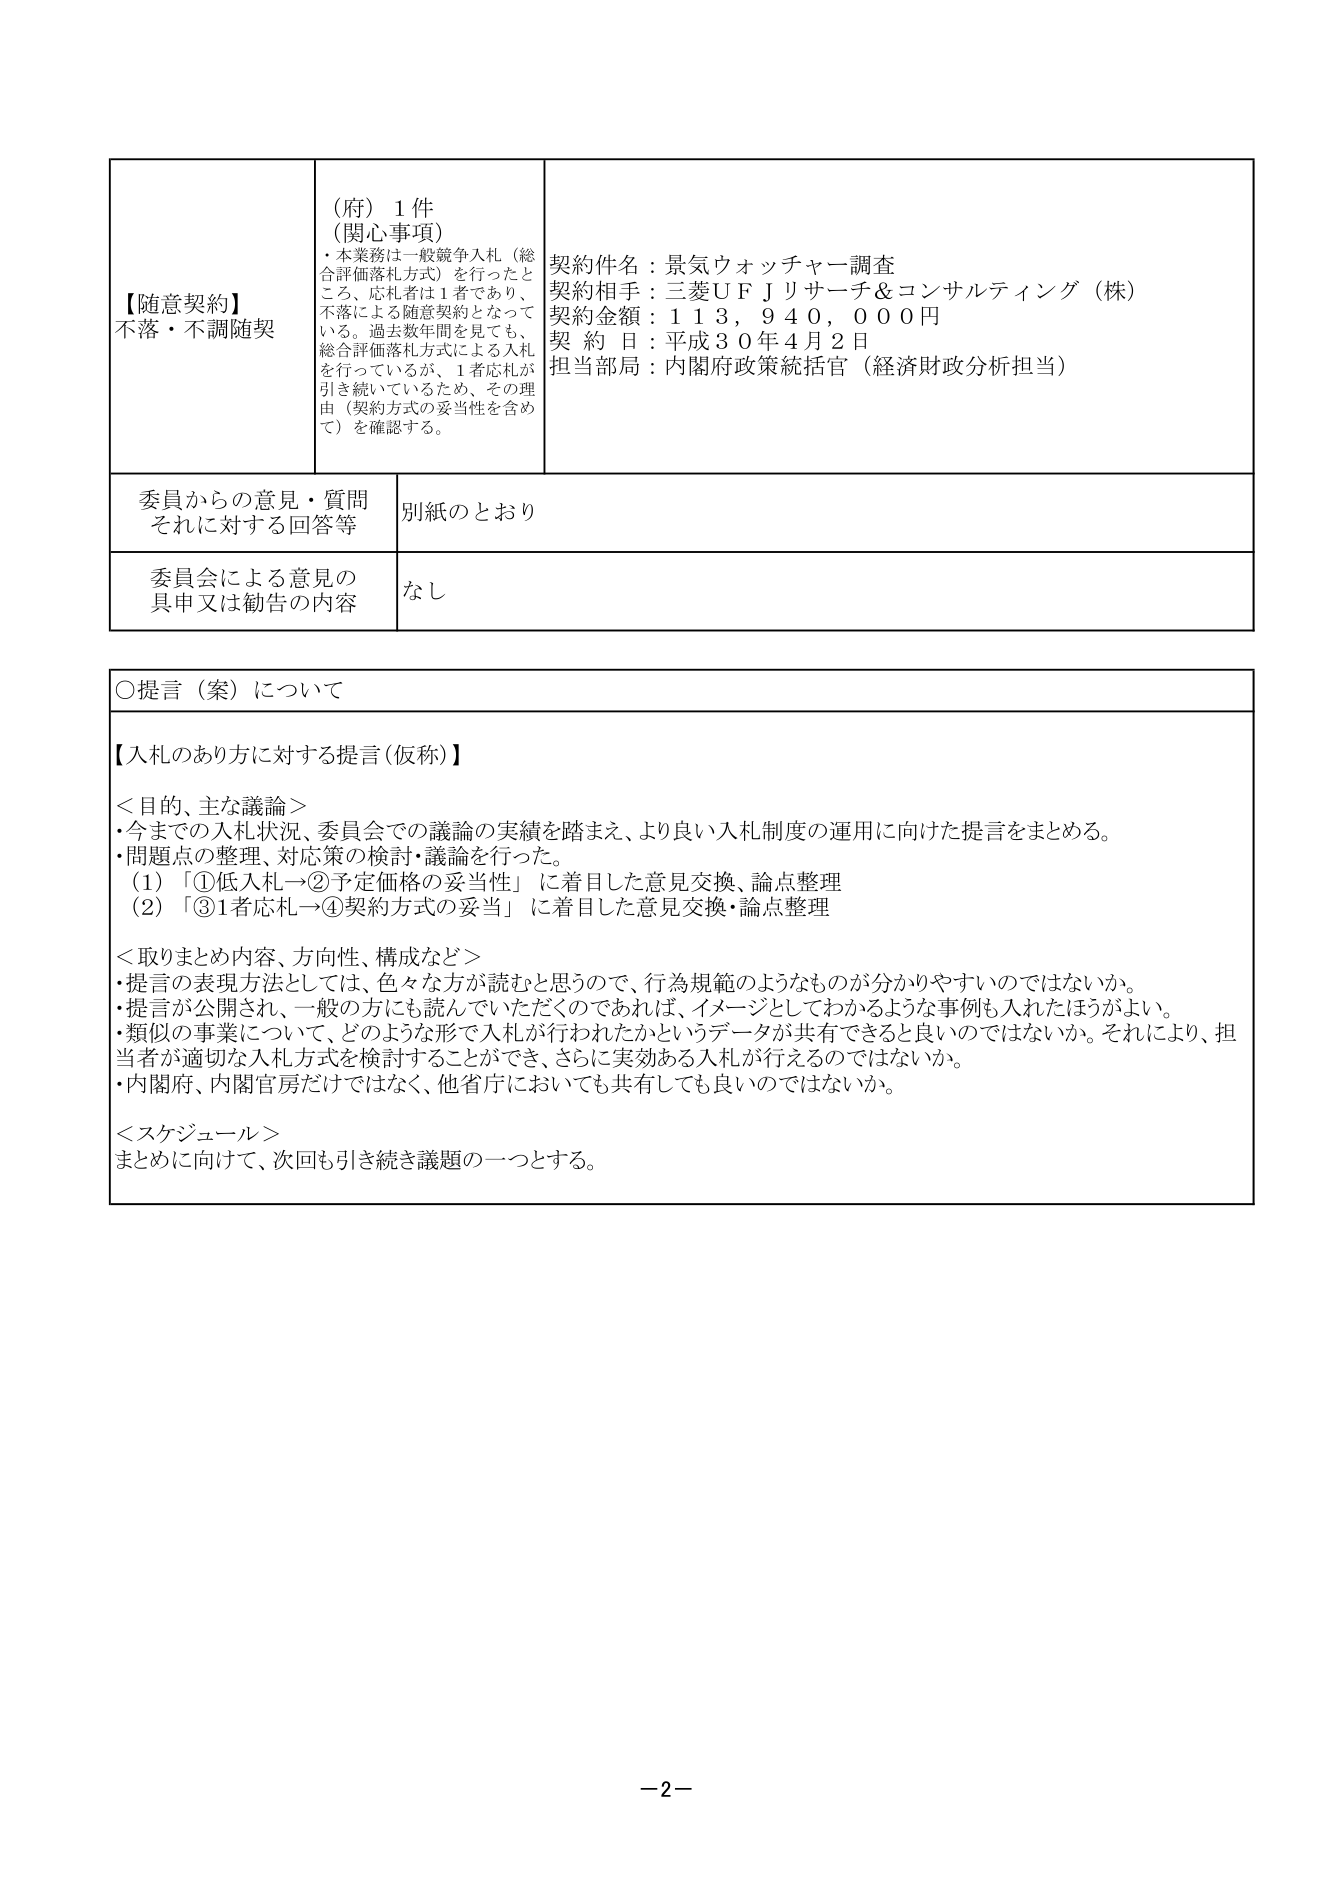
【随意契約】
不落・不調随契

（府）１件
（関心事項）
・本業務は一般競争入札（総合評価落札方式）を行ったところ、応札者は１者であり、不落による随意契約となって いる。過去数年間を見ても、総合評価落札方式による入札を行っているが、１者応札が引き続いているため、その理由（契約方式の妥当性を含めて）を確認する。

契約件名：景気ウォッチャー調査
契約相手：三菱ＵＦＪリサーチ＆コンサルティング（株）
契約金額：１１３，９４０，０００円
契 約 日：平成３０年４月２日
担当部局：内閣府政策統括官（経済財政分析担当）

委員からの意見・質問
それに対する回答等
別紙のとおり

委員会による意見の
具申又は勧告の内容
なし

○提言（案）について

【入札のあり方に対する提言（仮称）】

＜目的、主な議論＞
・今までの入札状況、委員会での議論の実績を踏まえ、より良い入札制度の運用に向けた提言をまとめる。
・問題点の整理、対応策の検討・議論を行った。
　（1）「①低入札→②予定価格の妥当性」に着目した意見交換、論点整理
　（2）「③１者応札→④契約方式の妥当」に着目した意見交換・論点整理

＜取りまとめ内容、方向性、構成など＞
・提言の表現方法としては、色々な方が読むと思うので、行為規範のようなものが分かりやすいのではないか。
・提言が公開され、一般の方にも読んでいただくのであれば、イメージとしてわかるような事例も入れたほうがよい。
・類似の事業について、どのような形で入札が行われたかというデータが共有できると良いのではないか。それにより、担当者が適切な入札方式を検討することができ、さらに実効ある入札が行えるのではないか。
・内閣府、内閣官房だけではなく、他省庁においても共有しても良いのではないか。

＜スケジュール＞
まとめに向けて、次回も引き続き議題の一つとする。

－2－